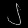
Digit: ၂